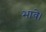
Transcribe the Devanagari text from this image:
भावे।